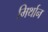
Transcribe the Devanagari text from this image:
मिर्थान